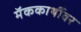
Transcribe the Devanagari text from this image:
मॅककार्थीवर